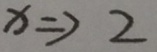
x \Rightarrow 2